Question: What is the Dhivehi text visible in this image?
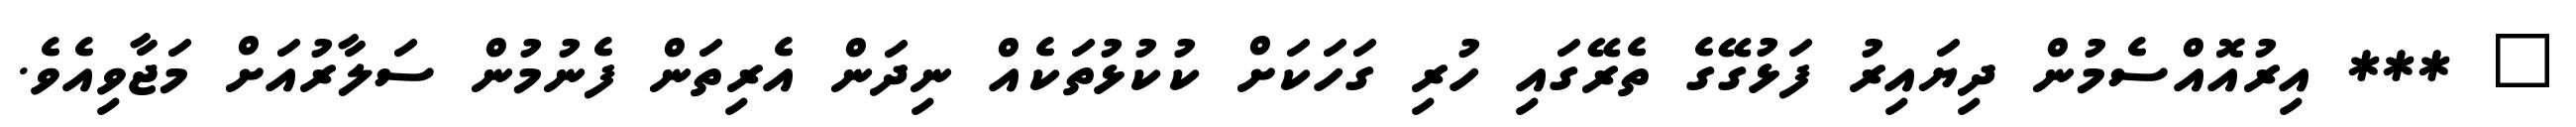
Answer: " *** އިރުއޮއްސެމުން ދިޔައިރު ފަޅުގޭގެ ތެރޭގައި ހުރި ގަހަކަށް ކުކުޅުތަކެއް ނިދަން އެރިތަން ފެނުމުން ސަލާރުއަށް މަޖާވިއެވެ.